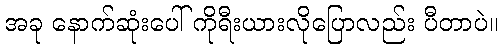
အခု နောက်ဆုံးပေါ် ကိုရီးယားလိုပြောလည်း ပီတာပဲ။